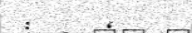
: